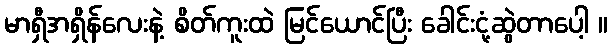
မာရှီအရှိန်လေးနဲ့ စိတ်ကူးထဲ မြင်ယောင်ပြီး ခေါင်းငုံ့ဆွဲတာပေါ့ ။